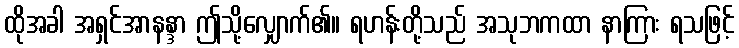
ထိုအခါ အရှင်အာနန္ဒာ ဤသို့လျှောက်၏။ ရဟန်းတို့သည် အသုဘကထာ နာကြား ရသဖြင့်